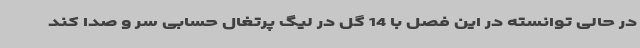
در حالی توانسته در این فصل با 14 گل در لیگ پرتغال حسابی سر و صدا کند